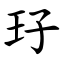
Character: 㺭